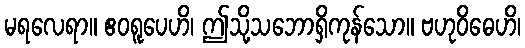
မရလေရာ။ ဧဝရူပေဟိ၊ ဤသို့သဘောရှိကုန်သော။ ဗဟုဝိဓေဟိ၊